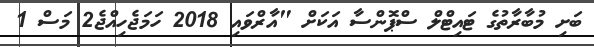
ބަށި މުބާރާތުގެ ޓައިޓްލް ސްޕޮންސާ އަކަށް "އާރްވައި 2018 ހަމަޖެހިއްޖެ2 މަސް 1